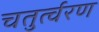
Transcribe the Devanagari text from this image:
चतुर्त्वरण